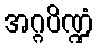
အဂ္ဂပိဏ္ဍံ